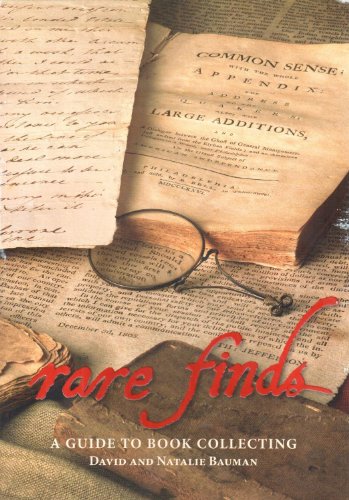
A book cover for Rare Finds: A Guide to Book Collecting; David Bauman; Crafts, Hobbies & Home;